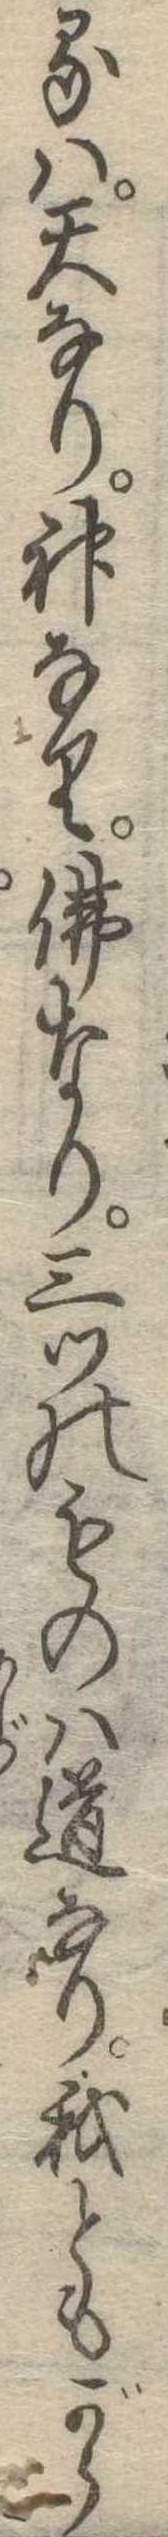
るは天なり神なり仏なり三ツのものは道なり我ともがら